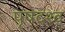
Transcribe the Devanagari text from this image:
पृषदश्व